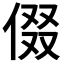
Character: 𬾧